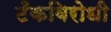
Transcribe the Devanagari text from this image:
टँकविरोधी